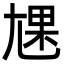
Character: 㞅